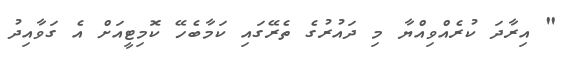
" އިރާދަ ކުރެއްވިއްޔާ މި ދައުރުގެ ތެރޭގައި ކަމާބެހޭ ކޮމިޓީއަށް އެ ގަވާއިދު